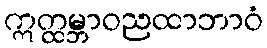
ဣတ္ထမ္ဘာဝညထာဘာဝံ